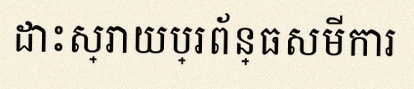
ដោះស្រាយប្រព័ន្ធសមីការ